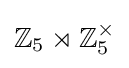
\mathbb {Z} _{5}\rtimes \mathbb {Z} _{5}^{\times }